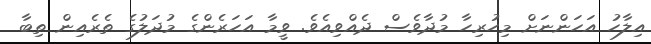
އިލާހު އަހަންނަށް މިހުރިހާ މުދާވެސް ދެއްވިއެވެ. ވީމާ އަހަރެންގެ މުދަލުގެ ތެރެއިން ތިބާ